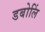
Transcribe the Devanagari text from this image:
डबोलिं